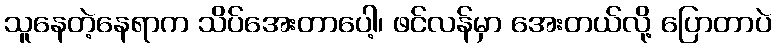
သူနေတဲ့နေရာက သိပ်အေးတာပေါ့၊ ဖင်လန်မှာ အေးတယ်လို့ ပြောတာပဲ